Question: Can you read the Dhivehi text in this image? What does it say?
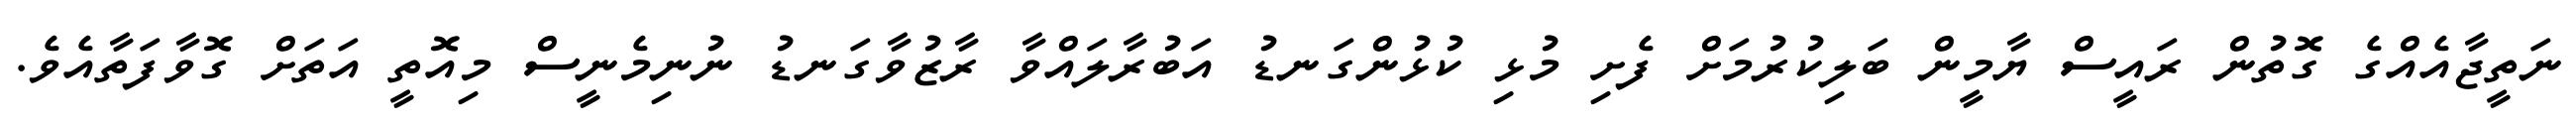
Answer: ނަތީޖާއެއްގެ ގޮތުން ރައީސް ޔާމީން ބަލިކުރުމަށް ފެށި މުޅި ކުޅުންގަނޑު އަބުރާލައްވާ ރާޒުވާގަނޑު ނުނިމެނީސް މިއޮތީ އަތަށް ގޮވާފަތާއެވެ.